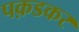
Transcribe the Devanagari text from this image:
पक़डकर